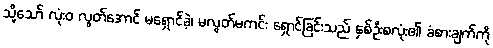
သို့သော် လုံးဝ လွတ်အောင် မရှောင်ခဲ့၊ မလွတ်မကင်း ရှောင်ခြင်းသည် နှစ်ဦးစလုံး၏ ခံစားချက်ကို